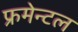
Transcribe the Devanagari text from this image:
फ्रमेन्टल